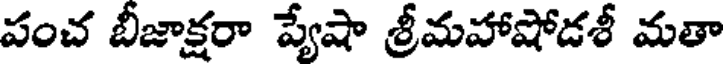
పంచ బీజాక్షరా ప్యేషా శ్రీమహాషోడశీ మతా